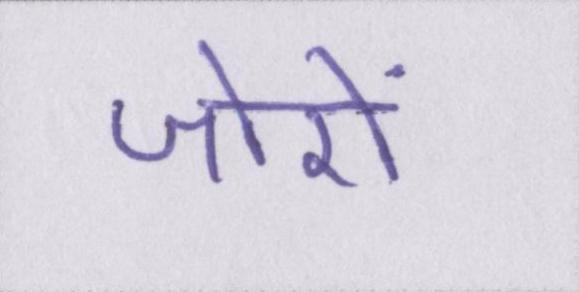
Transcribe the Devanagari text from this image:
जोरों